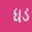
ધડ